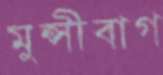
মুন্সীবাগ